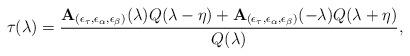
LaTeX: \begin{align*}\tau (\lambda )=\frac{\mathbf{A}_{(\epsilon _{\tau },\epsilon _{\alpha},\epsilon _{\beta })}(\lambda )Q(\lambda -\eta )+\mathbf{A}_{(\epsilon_{\tau },\epsilon _{\alpha },\epsilon _{\beta })}(-\lambda )Q(\lambda +\eta )}{Q(\lambda )},\end{align*}